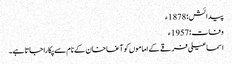
پیدائش؛ 1878ء
وفات؛ 1957ء
اسماعیلی فرقے کے اماموں کو آغا خان کے نام سے پکارا جاتا ہے۔